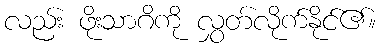
လည်း ဖိုးသာဂိကို လွှတ်လိုက်နိုင်၏။